Annual report on the working of the mental hospitals in the Madras Presidency - 1912-1932
Year: 1912
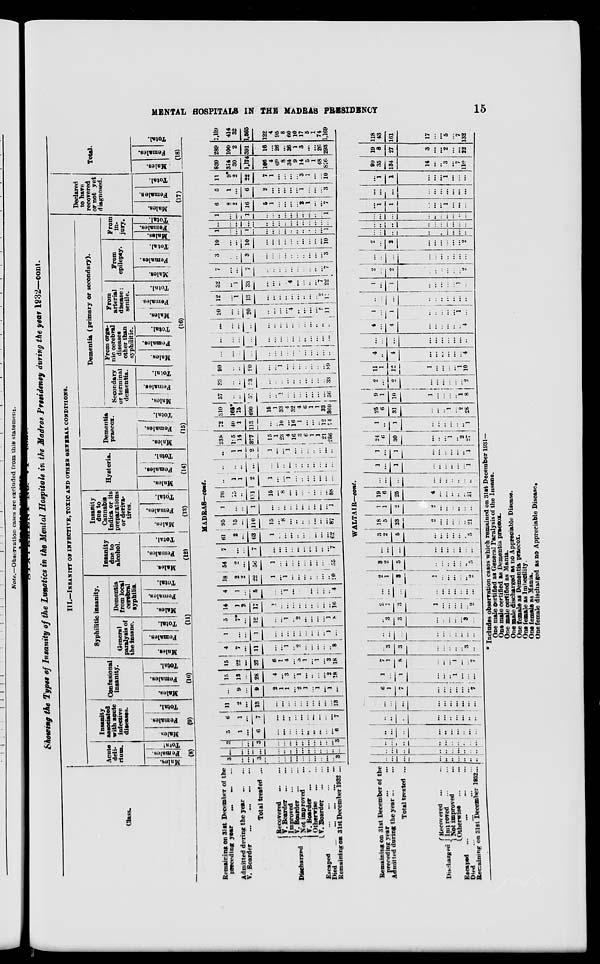
MENTAL HOSPITALS IN THE MADRAS PRESIDENCY
15
Showing the Types of Insanity of the Lunatics in the Mental Hospitals in the Madras Presidency during the year 1932—cont.
Class.
Remaining on 31st December of the
preceding year
... ... ...
Admitted during the year ... ...
V. Boarder
...
...
...
...
Total treated ...
Discharged
Recovered ... ...
V. Boarder
...
...
Improved
...
...
V. Boarder
...
...
Not improved ...
V. Boarder ... ...
Otherwise
... ...
V. Boarder ... ...
Escaped
...
...
...
...
Died ... ... ... ...
...
Remaining on 31st December 1932 ...
III.—INSANITY OF INFECTIVE, TOXIC AND OTHER GENERAL CONDITIONS.
Acute
deli-
rium.
Males.
Females.
Total.
(8)
Insanity
associated
with acute
infective
diseases.
Males.
Females.
Total.
(9)
Confusional
insanity.
Males.
Females.
Total.
(10)
Syphilitic insanity.
General
paralysis of
the insane.
Males.
Females.
Total.
Dementia
from local
cerebral
syphilis.
Males.
Females.
Total.
(11)
Insanity
due to
alcohol.
Males.
Females.
Total.
(12)
Insanity
due to
Cannabis
Indica or its
preparations
or deriva-
tives.
Males.
Females.
Total.
(13)
Hysteria.
Males.
Females.
Total.
(14)
Dementia
praecox.
Males.
Females.
Total.
(15)
Dementia (primary or secondary).
Secondary
or terminal
dementia.
Males.
Females.
Total.
From orga-
nic cerebral
diseases
other than
syphilitic.
Males.
Females.
Total.
From
arterial
disease ;
senile.
Males.
Females.
Total.
From
epilepsy.
Males.
Females.
Total.
From
in-
--ry.
Males.
(16)
MADRAS—cont.
3
...
...
3
...
...
...
...
...
...
...
...
...
...
3
...
...
...
...
...
...
...
...
...
...
...
...
...
...
...
3
...
...
3
...
...
...
...
...
...
...
...
...
...
3
5
1
...
6
...
...
...
...
...
..
...
...
...
...
6
6
1
...
7
...
...
..
...
...
...
...
...
...
...
7
11
2
...
13
...
...
...
...
...
...
...
...
...
...
13
...
9
...
9
2
1
1
...
2
1
...
1
...
1
...
15
13
...
28
4
...
3
...
1
...
...
...
...
2
18
15
22
...
37
6
1
4
...
3
1
...
1
...
3
18
4
7
...
11
...
...
1
..
2
...
...
...
...
...
8
1
...
...
1
...
...
...
...
...
...
...
...
...
1
...
5
7*
...
12
...
...
1
...
2
...
...
...
...
1
8
14
1
2
17
1
...
...
...
...
...
...
...
...
...
16
4
1
...
5
...
...
1
...
...
...
...
...
...
...
4
18
2
2
22
1
...
1
...
...
...
...
...
...
...
20
54
2
...
56
1
...
...
...
...
...
...
...
...
...
55
7
...
...
7
...
...
...
...
...
...
...
...
...
...
7
61
2
...
63
1
...
...
...
..
...
...
...
...
...
62
95
15
...
110
15
...
8
...
...
...
...
...
...
...
87
1
...
...
1
...
...
...
...
...
...
...
...
...
...
1
96
15
...
111
15
...
8
...
...
...
...
...
...
...
88
..
1
1
2
1
...
...
1
...
..
...
...
...
...
...
..
..
..
...
...
...
...
...
...
..
...
...
...
...
...
..
1
1
2
1
...
...
1
...
...
...
...
...
...
...
238
125
14
377
15
1
23
4
16
3
6
1
1
21
286
72
40
1
113
...
..
10
...
16
1
...
...
...
12
74
310
165*
15
490
15
1
33
4
32
4
6
1
1
33
360
57
..
..
57
...
..
1
...
...
...
...
...
...
...
56
33
..
...
33
...
..
...
...
..
..
...
...
...
...
33
90
..
..
90
...
...
1
...
...
...
...
...
...
...
89
...
...
...
...
...
...
...
...
...
...
...
...
...
...
...
...
...
...
...
...
...
...
...
...
...
...
...
...
...
...
...
...
...
...
...
..
...
...
...
...
...
...
...
...
...
20
...
...
20
...
...
...
...
4
...
...
...
...
5
11
12
...
1
13
...
...
...
...
...
...
...
...
...
2
11
32
...
1
33
...
...
...
...
4
...
...
...
...
7
22
7
...
...
7
...
...
...
...
...
...
...
...
...
...
7
3
...
...
3
...
...
...
...
...
...
...
...
...
...
3
10
...
...
10
...
...
...
...
...
...
...
...
...
...
10
1
...
...
1
...
...
...
...
...
...
...
...
...
...
1
Females.
Total.
Declared
to have
recovered
or not yet
diagnosed.
Males.
Females.
Total.
(17)
Total.
Males.
Females.
Total.
(18)
...
...
...
...
...
...
...
...
...
...
...
...
...
...
...
1
...
...
1
...
...
...
...
...
...
...
...
...
...
1
6
8
2
16
5
1
...
...
...
...
2
1
...
...
7
5
1
...
6
2
...
...
...
...
...
1
...
...
...
3
11
9*
2
22
7
1
...
...
...
...
3
1
...
...
10
830
314
30
1,174
106
4
69
8
34
9
14
5
1
48
876
289
100
2
391
16
...
26
...
26
1
3
...
...
26
293
1,119
414
32
1,565
122
4
95
8
60
10
17
5
1
74
1,169
Remaining on 31st December of the
preceding year ... ...
Admitted during the year ... ...
Total treated ...
Discharged
Recovered ... ...
Improved ... ...
Not improved ...
Otherwise
... ...
Escaped
...
...
...
...
Died ... ... ... ...
Remaining on 31st December 1932 ...
WALTAIR—cont.
...
...
...
...
...
...
...
...
...
...
...
...
...
...
...
...
...
...
...
...
...
...
...
...
...
...
...
...
...
...
...
...
...
...
...
...
...
...
...
...
...
..
...
...
...
...
...
... ...
...
...
...
...
...
...
...
...
...
...
...
6
1
7
...
...
...
...
...
...
7
1
...
1
...
...
...
1
...
...
...
7
1
8
...
...
...
1
...
...
7
...
3
3
...
...
...
...
...
3
...
...
...
...
...
...
...
...
...
...
...
...
3
3
...
...
...
...
...
3
...
2
1
3
1
...
...
...
...
...
2
...
...
...
...
...
...
...
...
...
...
2
1
3
1
...
...
...
...
...
2
3
2
5
...
...
...
...
...
...
5
...
...
...
...
...
...
...
...
...
...
3
2
5
...
...
...
...
...
...
5
18
5
23
2
...
...
... ...
...
21
1
1
2
2
...
...
...
...
...
...
19
6
25
4
...
...
...
...
...
21
...
...
...
...
...
...
...
...
...
...
1
...
1
...
...
...
...
...
...
1
1
...
1
...
...
...
...
...
...
1
24
6
30
...
...
...
1
...
2
27
1
...
1
...
...
...
...
...
...
1
25
6
31
...
...
...
1
...
2
28
9
1
10
1
...
...
...
...
1
8
2
...
2
...
...
...
...
...
...
2
11
1
12
1
...
...
...
...
1
10
4
...
4
...
...
...
...
...
...
4
...
...
...
...
...
...
...
...
...
...
4
...
4
...
...
...
...
...
...
4
1
...
1
...
...
...
...
...
1
...
...
...
...
...
...
...
...
...
...
...
1
...
1
...
...
...
...
...
1
...
2
...
2
...
...
...
...
...
...
2
...
...
...
...
...
...
...
...
...
...
2
...
2
...
...
...
...
...
...
2
...
...
...
...
...
...
...
...
...
...
...
...
...
...
...
...
...
...
...
...
...
...
...
...
...
...
...
...
...
...
...
1
1
...
...
...
1
...
...
...
...
...
...
...
...
...
...
...
...
...
...
1
1
...
...
...
1
...
...
...
99
35
134
14
...
...
3
...
7
110
19
8
27
3
...
...
2
...
...
22
118
43
161
17
...
...
5
...
7
132
* Includes observation cases which remained on 31st December 1931—
One male certified as General Paralysis of the Insane.
One male certified as Dementia praetor.
One male certified as Mania.
One male discharged as no Appreciable Disease.
One female as Dementia praecox.
One female as Imbecility.
One female as Mania.
One female discharged as no Appreciable Disease.